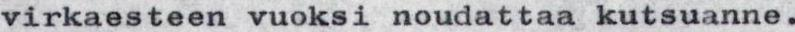
virkaesteen vuoksi noudattaa kutsuanne.